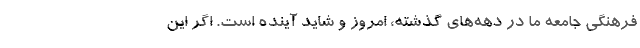
فرهنگی جامعه ما در دهه‌های گذشته، امروز و شاید آینده است. اگر این